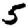
Digit: 5